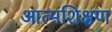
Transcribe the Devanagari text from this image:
आत्मशिक्षण